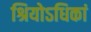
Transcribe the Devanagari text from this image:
श्रियोऽधिकां